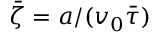
\bar { \zeta } = a / ( v _ { 0 } \bar { \tau } )